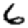
Digit: 6